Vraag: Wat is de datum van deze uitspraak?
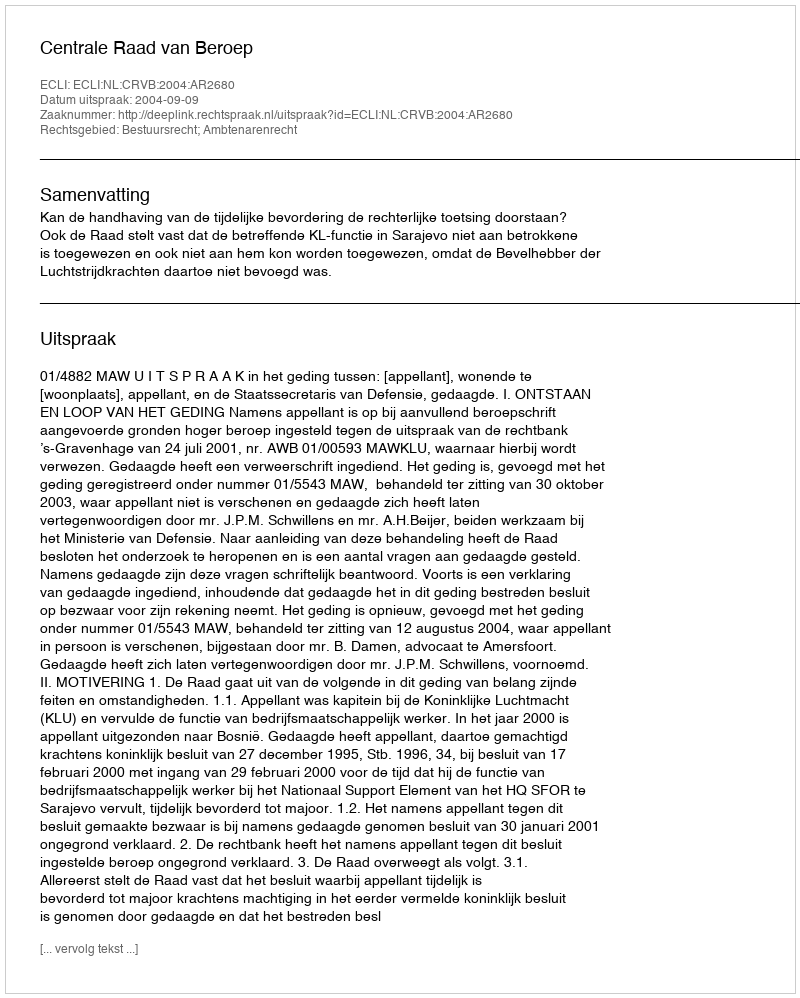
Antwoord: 2004-09-09